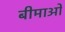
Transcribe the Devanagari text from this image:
बीमाओं